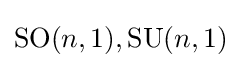
\mathrm {SO} (n,1),\mathrm {SU} (n,1)